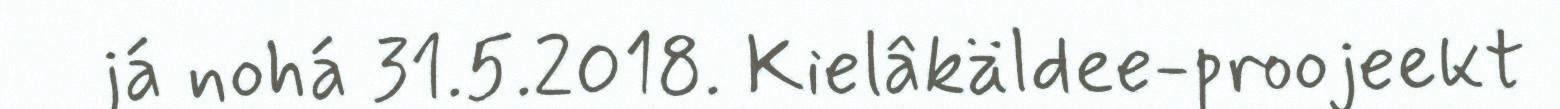
já nohá 31.5.2018. Kielâkäldee-proojeekt